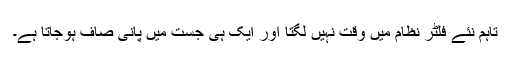
تاہم نئے فلٹر نظام میں وقت نہیں لگتا اور ایک ہی جست میں پانی صاف ہوجاتا ہے۔